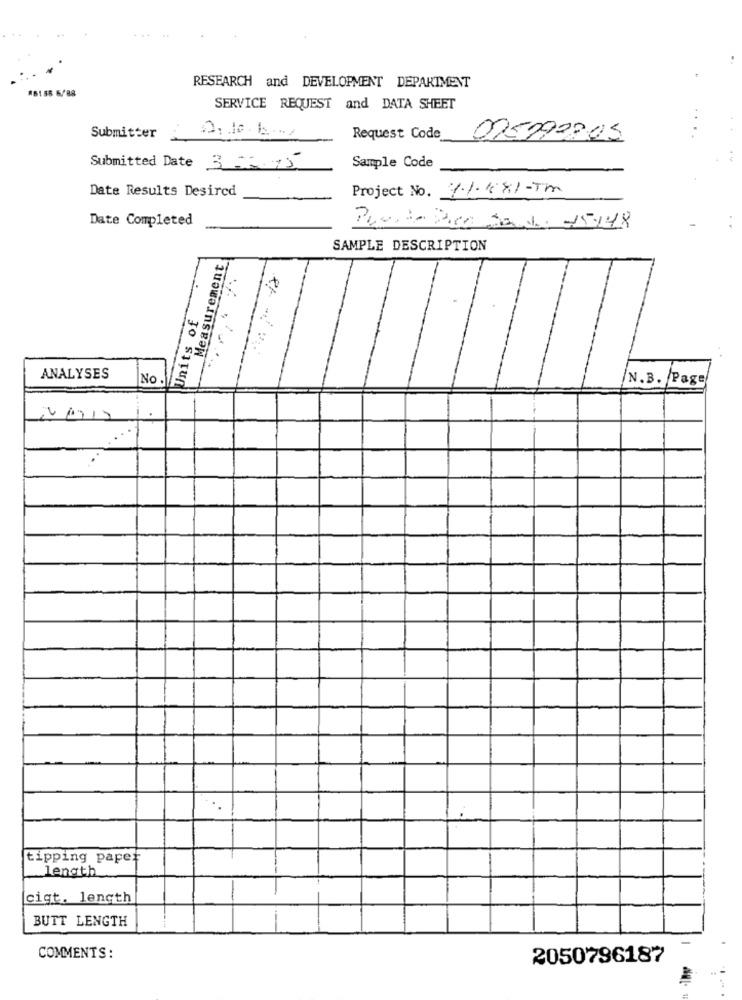
#6155 6/88
RESEARCH and DEVELOPMENT DEPARTMENT
SERVICE REQUEST and DATA SHEET
0,10. 12 ...
Cr
Submitter
Request Code
Submitted Date 3- 15
Sample Code
Date Results Desired
Project No. 1.1.168.1-T
Date Completed
Pacote Diea Ja de 15:18
SAMPLE DESCRIPTION
Measurement
Units of
ANALYSES
No
N.B. Page
1.
tipping paper
length
cigt. length
BUTT LENGTH
COMMENTS:
2050796187